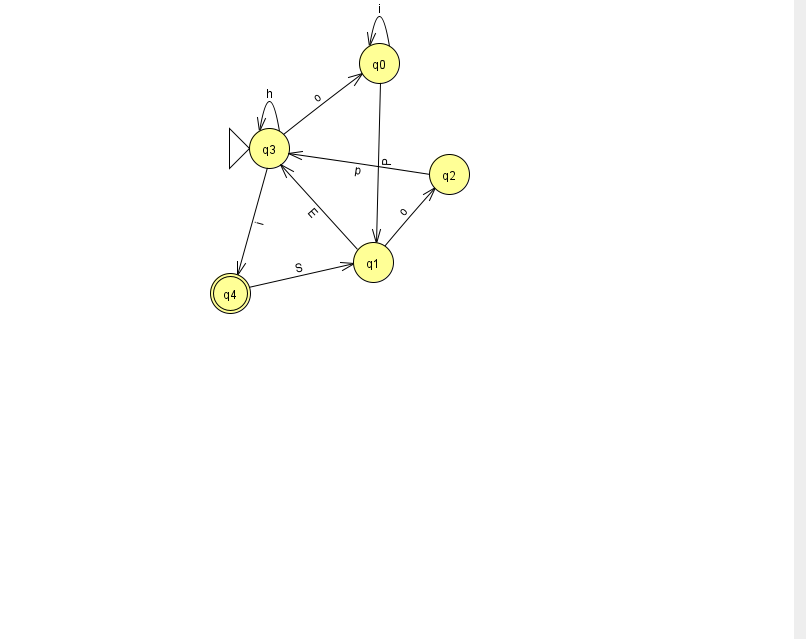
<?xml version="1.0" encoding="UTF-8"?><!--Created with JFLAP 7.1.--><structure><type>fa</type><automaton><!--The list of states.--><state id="0" name="q0"><x>379.0</x><y>50.0</y></state><state id="1" name="q1"><x>373.0</x><y>249.0</y></state><state id="2" name="q2"><x>449.0</x><y>161.0</y></state><state id="3" name="q3"><x>269.0</x><y>135.0</y><initial/></state><state id="4" name="q4"><x>230.0</x><y>280.0</y><final/></state><!--The list of transitions.--><transition><from>4</from><to>1</to><read>S</read></transition><transition><from>1</from><to>3</to><read>E</read></transition><transition><from>0</from><to>1</to><read>P</read></transition><transition><from>2</from><to>3</to><read>p</read></transition><transition><from>1</from><to>2</to><read>o</read></transition><transition><from>3</from><to>0</to><read>o</read></transition><transition><from>3</from><to>3</to><read>h</read></transition><transition><from>0</from><to>0</to><read>i</read></transition><transition><from>3</from><to>4</to><read>i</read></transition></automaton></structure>